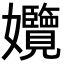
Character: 𡤱